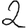
Digit: 2